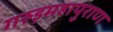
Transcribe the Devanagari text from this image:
गरुड़महापुराण